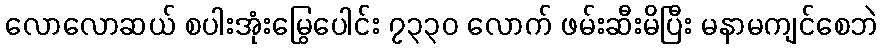
လောလောဆယ် စပါးအုံးမြွေပေါင်း ၇၃၃၀ လောက် ဖမ်းဆီးမိပြီး မနာမကျင်စေဘဲ